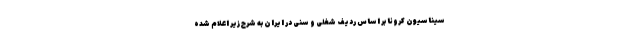
سیناسیون کرونا بر اساس ردیف شغلی و سنی در ایران به شرح زیر اعلام شده